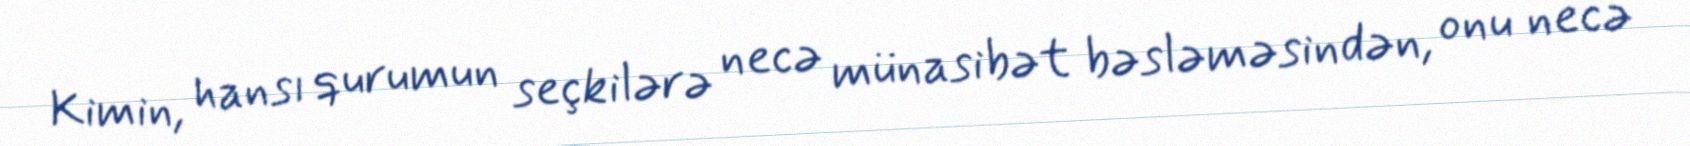
Kimin, hansı qurumun seçkilərə necə münasibət bəsləməsindən, onu necə